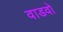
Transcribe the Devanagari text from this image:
वाडवो